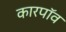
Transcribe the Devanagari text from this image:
कारपॉव